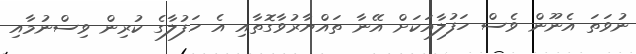
ނުވަތަ އެނޫން ވެސް ހަފުލާއަކަށް އޭނާ ތައްޔާރުވާގޮތާއި އެ ހަފުލާގެ ކުރިން ވިސްނުމާއި